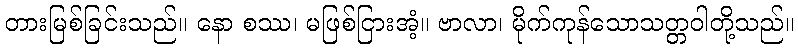
တားမြစ်ခြင်းသည်။ နော စဿ၊ မဖြစ်ငြားအံ့။ ဗာလာ၊ မိုက်ကုန်သောသတ္တဝါတို့သည်။